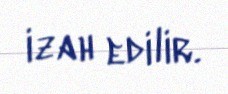
izah edilir.